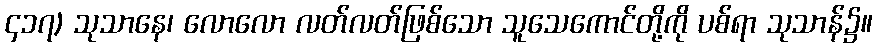
၄၁၇) သုသာနေ၊ လောလော လတ်လတ်ဖြစ်သော သူသေကောင်တို့ကို ပစ်ရာ သုသာန်၌။